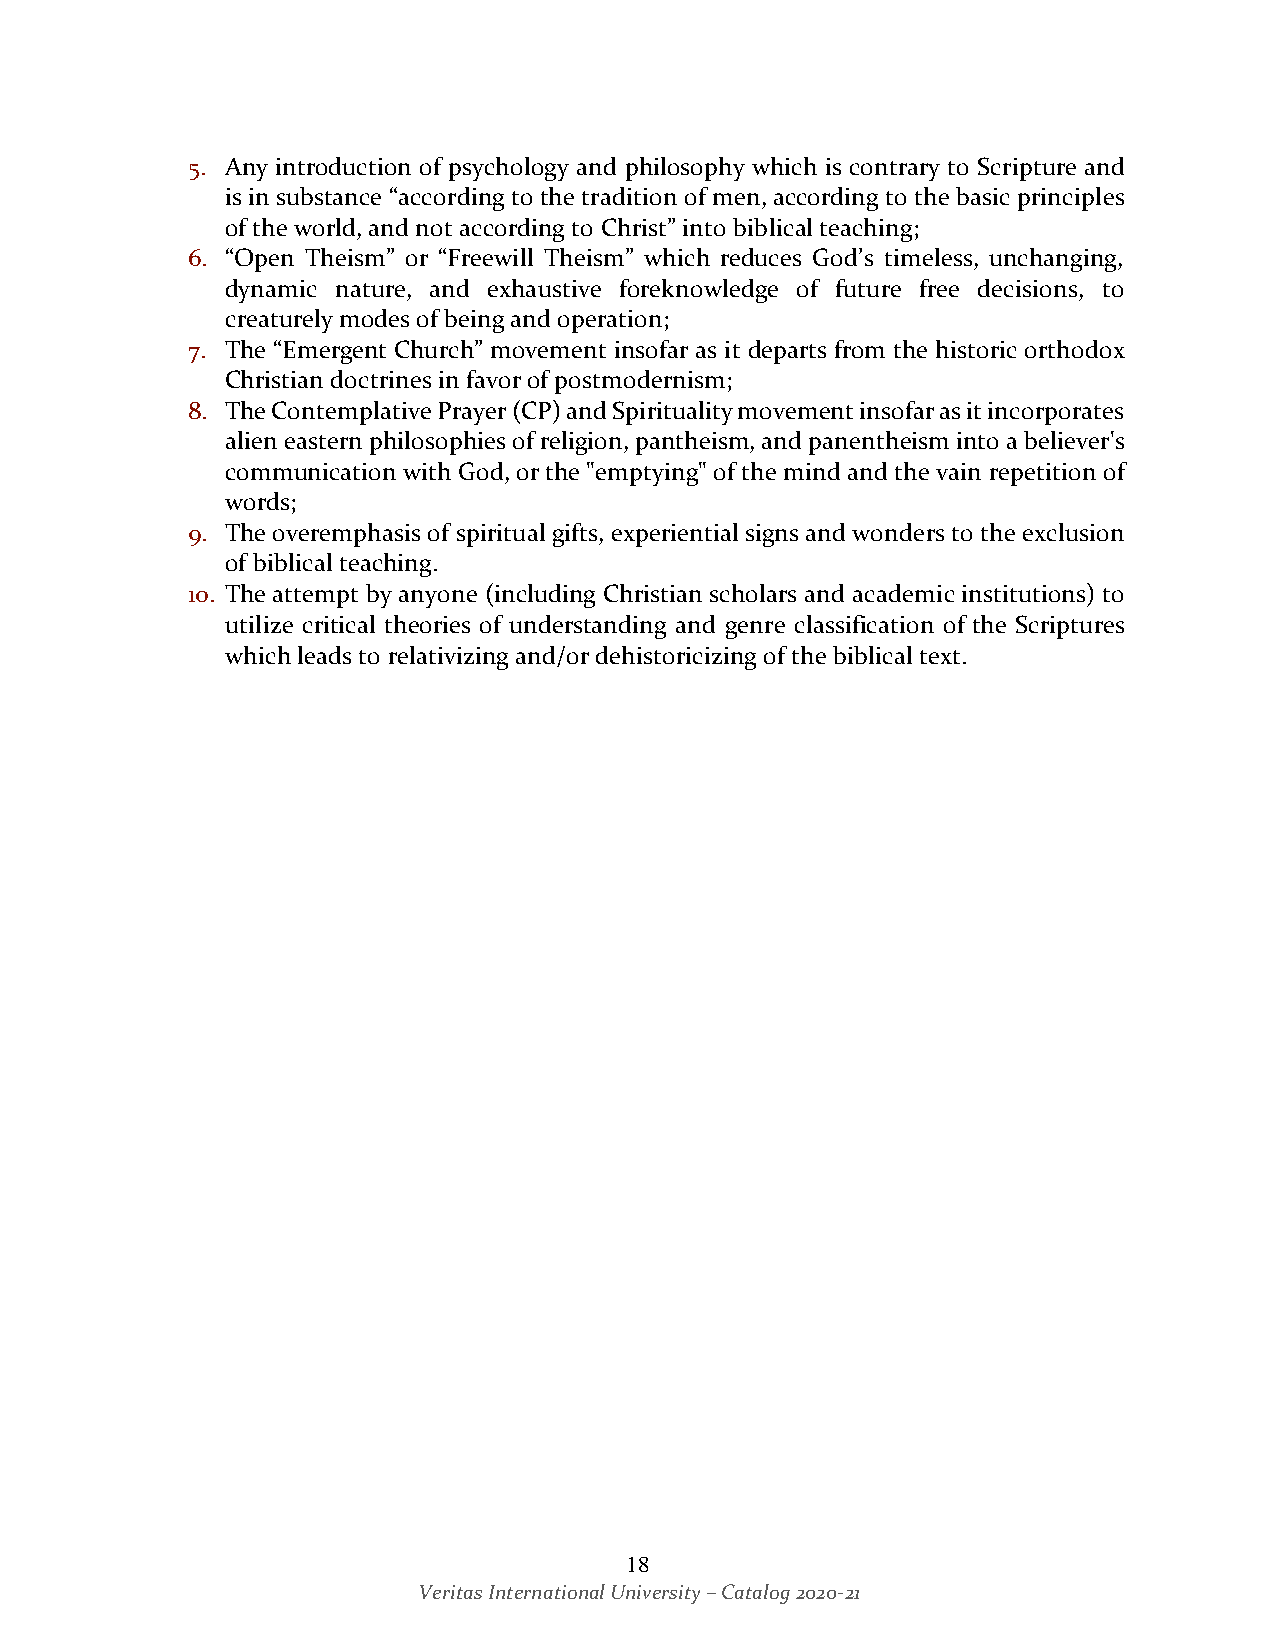
5. Any introduction of psychology and philosophy which is contrary to Scripture and
 is in substance “according to the tradition of men, according to the basic principles
 of the world, and not according to Christ” into biblical teaching;
 6. “Open Theism” or “Freewill Theism” which reduces God’s timeless, unchanging,
 dynamic nature, and exhaustive foreknowledge of future free decisions, to
 creaturely modes of being and operation;
 7. The “Emergent Church” movement insofar as it departs from the historic orthodox
 Christian doctrines in favor of postmodernism;
 8. The Contemplative Prayer (CP) and Spirituality movement insofar as it incorporates
 alien eastern philosophies of religion, pantheism, and panentheism into a believer's
 communication with God, or the "emptying" of the mind and the vain repetition of
 words;
 9. The overemphasis of spiritual gifts, experiential signs and wonders to the exclusion
 of biblical teaching.
 10. The attempt by anyone (including Christian scholars and academic institutions) to
 utilize critical theories of understanding and genre classification of the Scriptures
 which leads to relativizing and/or dehistoricizing of the biblical text.
 18
 Veritas International University – Catalog 2020-21